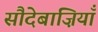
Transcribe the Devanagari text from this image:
सौदेबाज़ियाँ